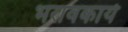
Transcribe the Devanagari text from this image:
भरावकार्य